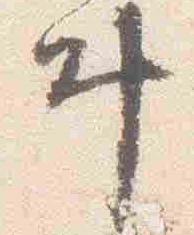
叶